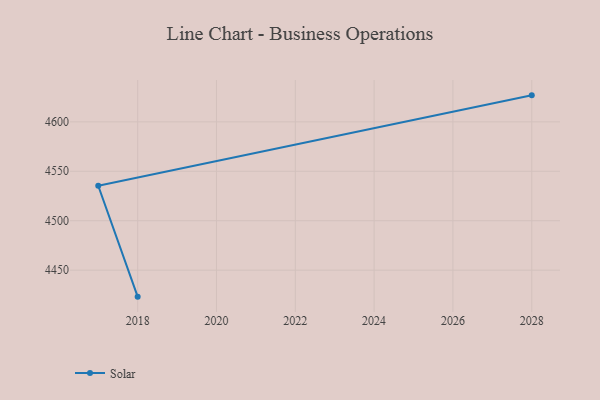
{"axis": {"x": "Year", "y": "Shipments"}, "legend": ["Solar"], "data": [{"x": "2018", "y": 4423.2, "type": "Solar"}, {"x": "2017", "y": 4535.4, "type": "Solar"}, {"x": "2028", "y": 4626.8, "type": "Solar"}]}